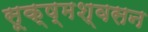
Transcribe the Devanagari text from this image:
सूक्ष्मश्वसन